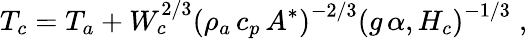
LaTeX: T_{c}=T_{a}+W_{c}^{2/3}\left(\rho_{a}\, c_{p}\, A^{*}\right)^{-2/3}\left(g\, \alpha,H_{c}\right)^{-1/3}\; ,